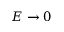
E \to 0